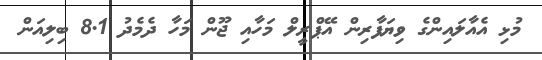
މުޅި އެއާލައިންގެ ވިޔަފާރިން އޭޕްރީލް މަހާއި ޖޫން މަހާ ދެމެދު 8.1 ބިލިއަން